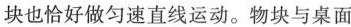
块也恰好做匀速直线运动。物块与桌面